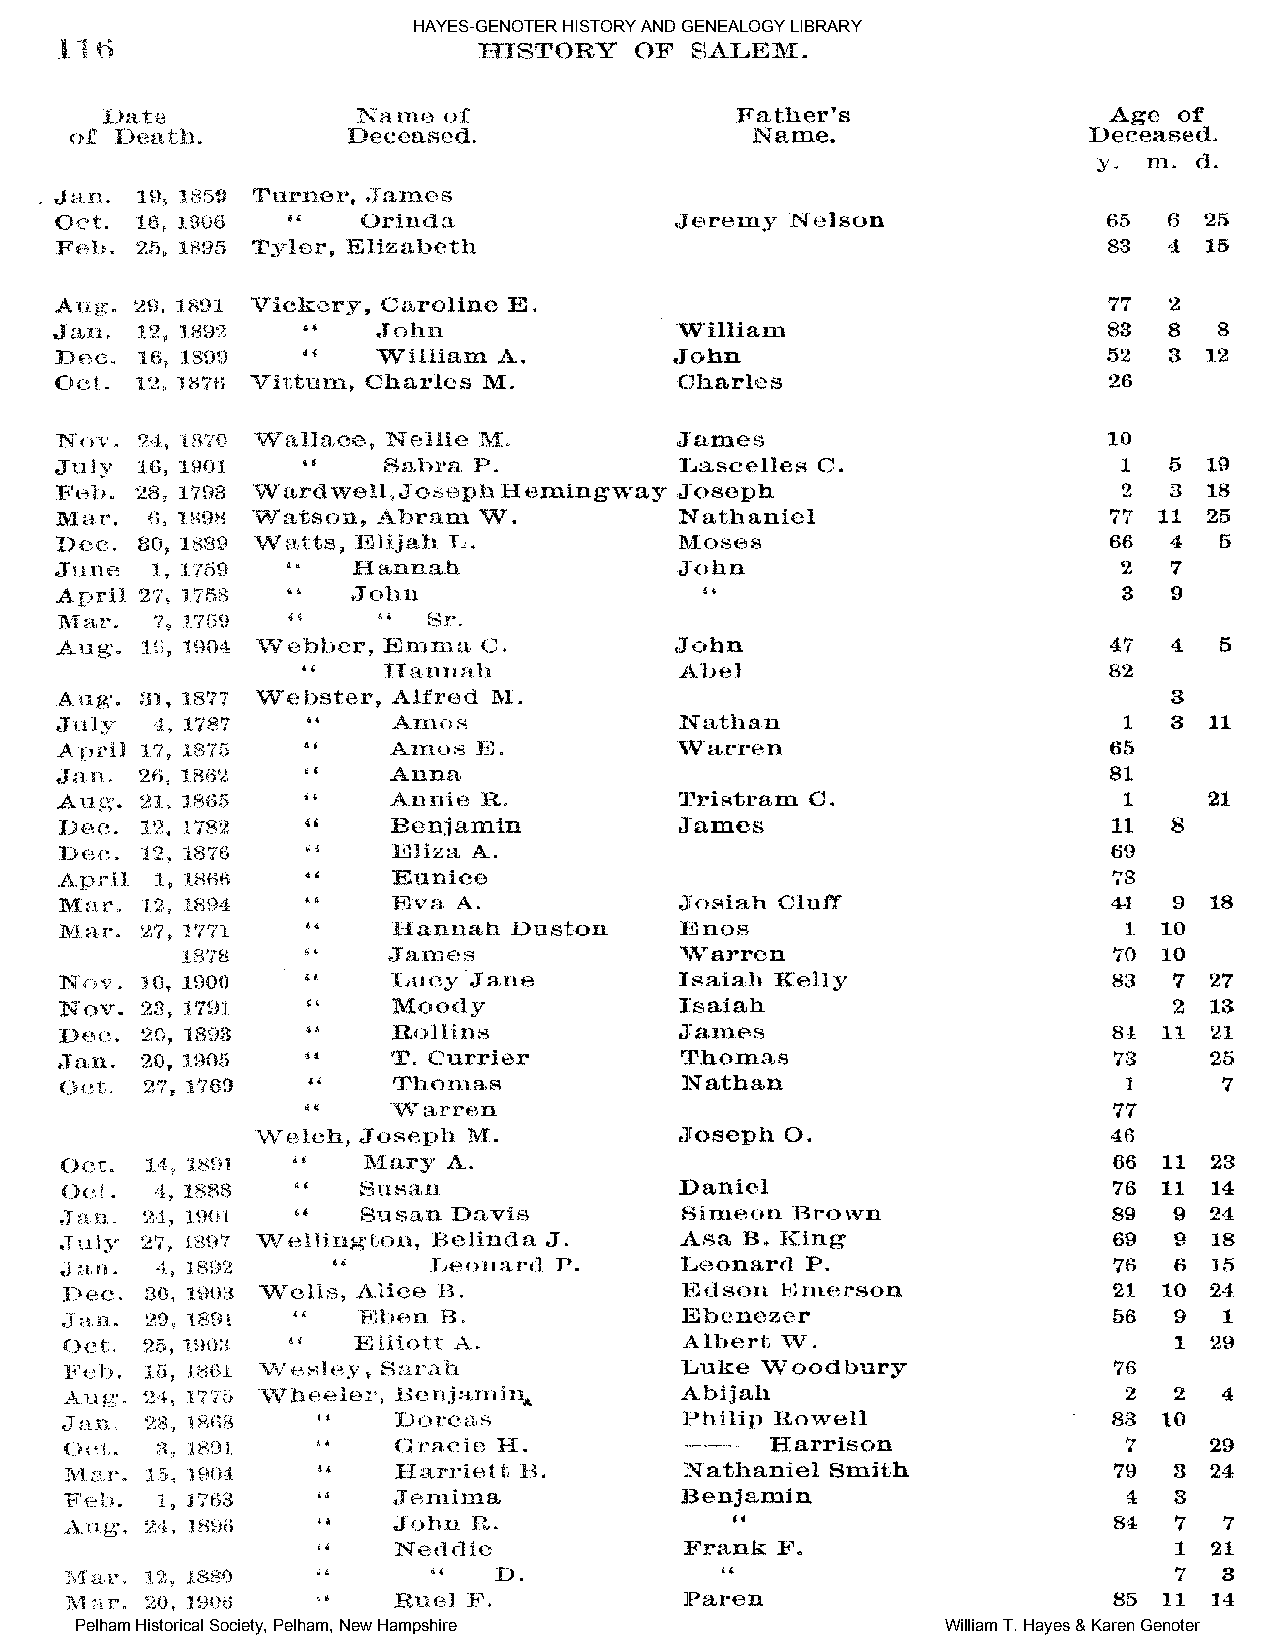
HAYES-GENOTER HISTORY AND GENEALOGY LIBRARY
 Pelham Historical Society, Pelham, New Hampshire          William T. Hayes & Karen Genoter